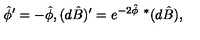
{ \hat { \phi } } ^ { \prime } = - { \hat { \phi } } , ( d \hat { B } ) ^ { \prime } = e ^ { - 2 \hat { \phi } } \ { } ^ { * } ( d \hat { B } ) ,